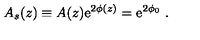
A _ { s } ( z ) \equiv A ( z ) \mathrm { e } ^ { 2 \phi ( z ) } = \mathrm { e } ^ { 2 \phi _ { 0 } } \ . \